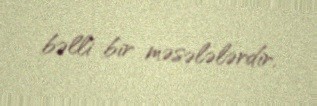
bəlli bir məsələlərdir.